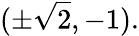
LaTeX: (\pm{\sqrt{2}},-1).